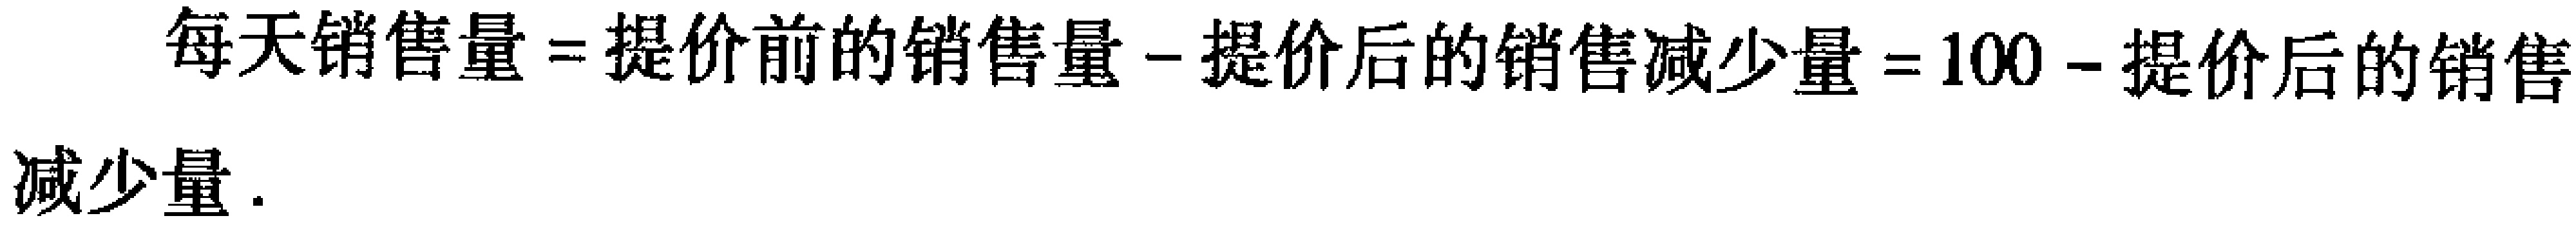
每天销售量=提价前的销售量-提价后的销售减少量=100-提价后的销售减少量.